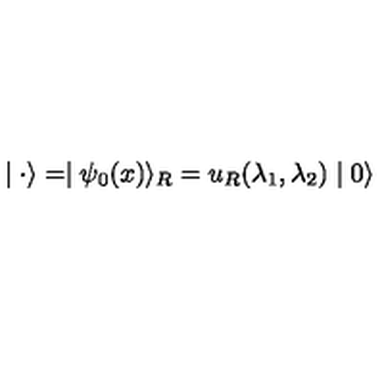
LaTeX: \mid { \bf \cdot } \rangle = \mid \psi _ { 0 } ( x ) \rangle _ { R } = u _ { R } ( \lambda _ { 1 } , \lambda _ { 2 } ) \mid 0 \rangle